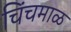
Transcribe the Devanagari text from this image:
चिंचमाळ